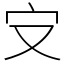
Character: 㝊